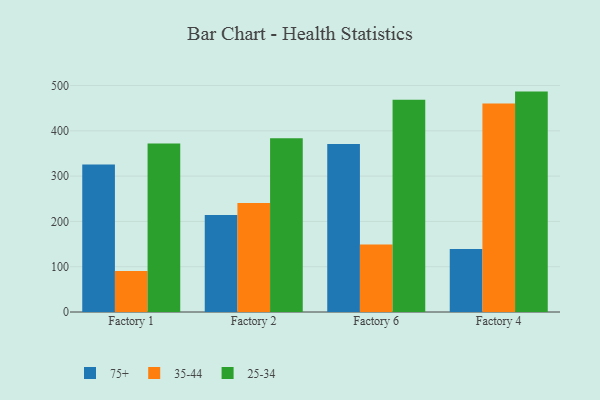
{"axis": {"x": "Factory", "y": "Operating Costs (USD K)"}, "legend": ["25-34", "35-44", "75+"], "data": [{"x": "Factory 1", "y": 325.9, "type": "75+"}, {"x": "Factory 1", "y": 90.5, "type": "35-44"}, {"x": "Factory 1", "y": 372.1, "type": "25-34"}, {"x": "Factory 2", "y": 213.9, "type": "75+"}, {"x": "Factory 2", "y": 240.6, "type": "35-44"}, {"x": "Factory 2", "y": 383.5, "type": "25-34"}, {"x": "Factory 6", "y": 371.0, "type": "75+"}, {"x": "Factory 6", "y": 149.1, "type": "35-44"}, {"x": "Factory 6", "y": 468.8, "type": "25-34"}, {"x": "Factory 4", "y": 139.0, "type": "75+"}, {"x": "Factory 4", "y": 460.5, "type": "35-44"}, {"x": "Factory 4", "y": 486.6, "type": "25-34"}]}